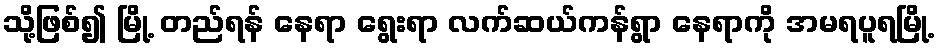
သို့ဖြစ်၍ မြို့ တည်ရန် နေရာ ရွေးရာ လက်ဆယ်ကန်ရွာ နေရာကို အမရပူရမြို့